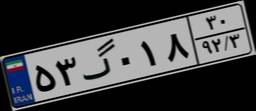
۵۳گ۰۱۸۳۰